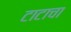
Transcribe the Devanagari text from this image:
टाटाचा